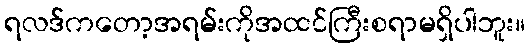
ရလဒ်ကတော့အရမ်းကိုအထင်ကြီးစရာမရှိပါဘူး။